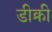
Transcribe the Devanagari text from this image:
डीक्री